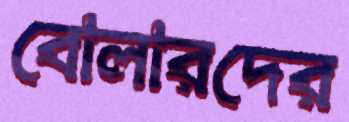
বোলারদের